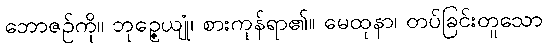
ဘောဇဉ်ကို။ ဘုဉ္ဇေယျုံ၊ စားကုန်ရာ၏။ မေထုနာ၊ တပ်ခြင်းတူသော